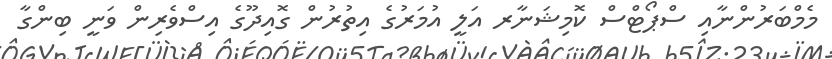
މެމްބަރުންނާއި ސްޕޯޓްސް ކޮމިޝަނާރ އަލީ އުމަރުގެ އިތުރުން ގޮއިދޫގެ އިސްވެރިން ވަނީ ބިންގާ